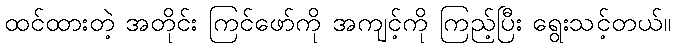
ထင်ထားတဲ့ အတိုင်း ကြင်ဖော်ကို အကျင့်ကို ကြည့်ပြီး ရွေးသင့်တယ်။